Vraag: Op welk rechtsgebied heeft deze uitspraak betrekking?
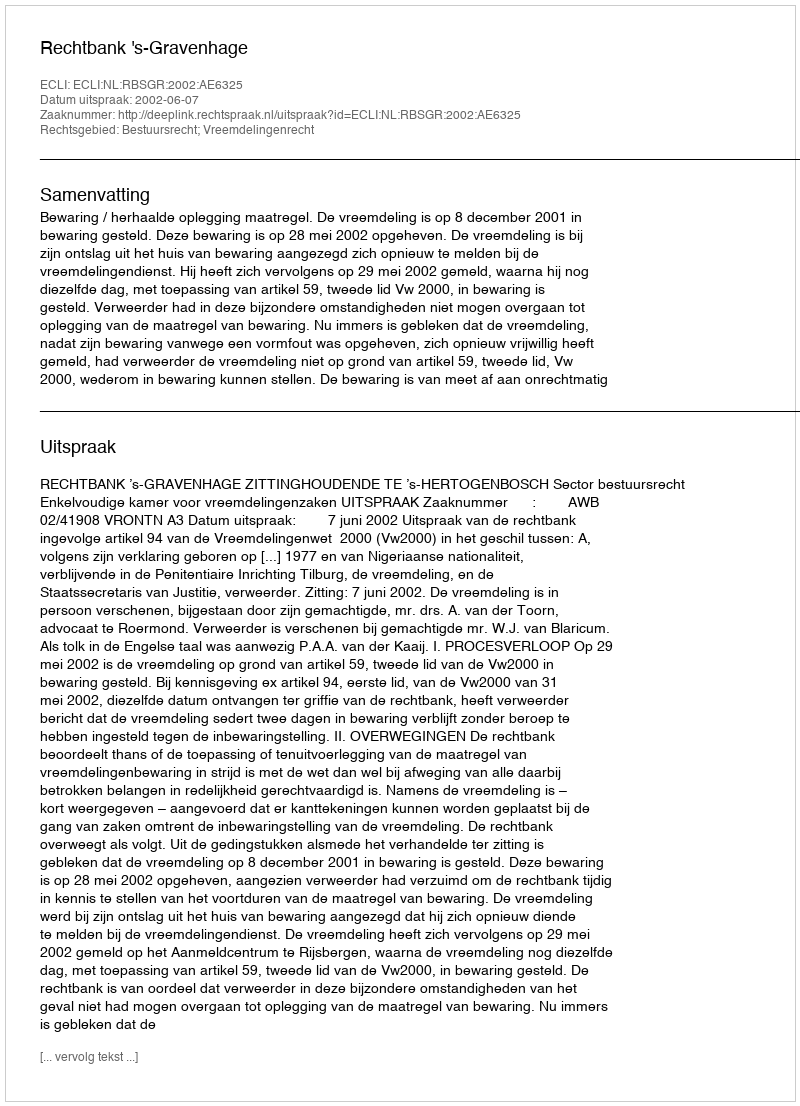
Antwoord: Bestuursrecht; Vreemdelingenrecht